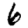
Digit: 6